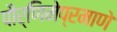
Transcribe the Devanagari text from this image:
पौर्णिमेप्रमाणे